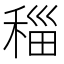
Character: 䅔